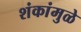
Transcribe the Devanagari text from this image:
शंकांमुळे